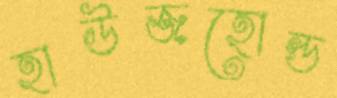
হাউজহোল্ড